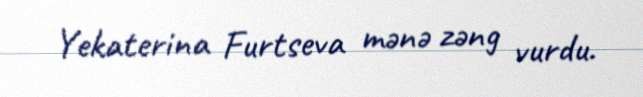
Yekaterina Furtseva mənə zəng vurdu.